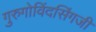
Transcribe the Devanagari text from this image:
गुरुगोविंदसिंगजी